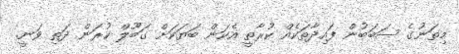
މިތަނުގެ ސަބަބުން ފައިދާތަކެއް ކުރާތީ އެކަން ބަޔަކަށް ގަބޫލް ކުރަން ދަތި ވަނީ.